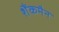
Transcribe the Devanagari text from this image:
शैंकमैन